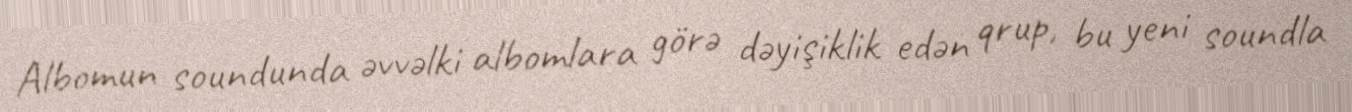
Albomun soundunda əvvəlki albomlara görə dəyişiklik edən qrup, bu yeni soundla